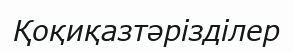
Қоқиқазтәрізділер